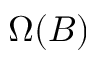
\Omega ( B )